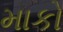
માકો